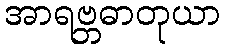
အာရဗ္ဘဓာတုယာ